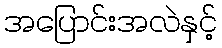
အပြောင်းအလဲနှင့်